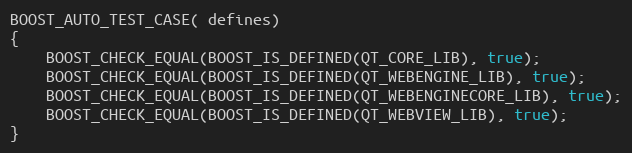
Language: C++
BOOST_AUTO_TEST_CASE( defines)
{
    BOOST_CHECK_EQUAL(BOOST_IS_DEFINED(QT_CORE_LIB), true);
    BOOST_CHECK_EQUAL(BOOST_IS_DEFINED(QT_WEBENGINE_LIB), true);
    BOOST_CHECK_EQUAL(BOOST_IS_DEFINED(QT_WEBENGINECORE_LIB), true);
    BOOST_CHECK_EQUAL(BOOST_IS_DEFINED(QT_WEBVIEW_LIB), true);
}